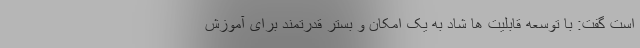
است گفت: با توسعه قابلیت ها شاد به یک امکان و بستر قدرتمند برای آموزش